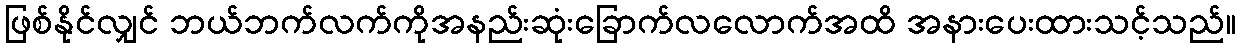
ဖြစ်နိုင်လျှင် ဘယ်ဘက်လက်ကိုအနည်းဆုံးခြောက်လလောက်အထိ အနားပေးထားသင့်သည်။